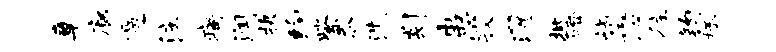
章廊遏注痛润抉约紫忝洗剡患孜濯批磴诣懋往钧拯